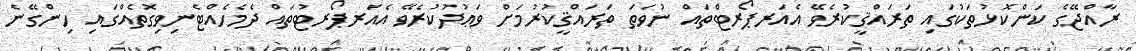
ރާއްޖޭގެ ކަންކޮޅުތަކުގައި ތަރައްޤީކުރެވޭ އެއަރޕޯރޓްތައް ނުވަތަ ތަރައްޤީކުރުމަށް ވަޢުދުކުރެވޭ އެއަރޕޯރޓުތައް ދެމެހެއްޓެނިވިގޮތެއްގައި ހިންގޭނެ